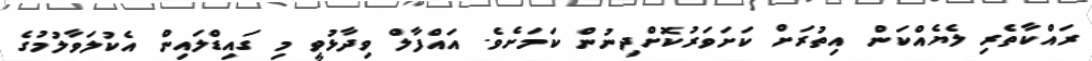
ރައްކާތެރި ލެޔެއްކަން އިތުރަށް ކަށަވަރުކޮށްދިނުން ކަމަށެވެ. އައްފާލް ވިދާޅުވީ މި ގައިޑްލައިން އެކުލަވާލުމުގެ